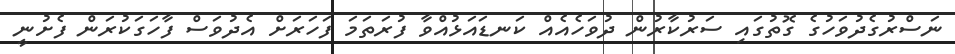
ނަސްރުގެދުވަހުގެ ގޮތުގައި ސަރުކާރުން ދުވަހެއެއް ކަނޑައަޅުއްވާ ފުރަތަމަ ފަހަރަށް އެދުވަސް ފާހަގަކުރަން ފެށުނީ